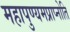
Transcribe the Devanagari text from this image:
महापुण्यमप्राप्नोति